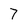
Character: 7